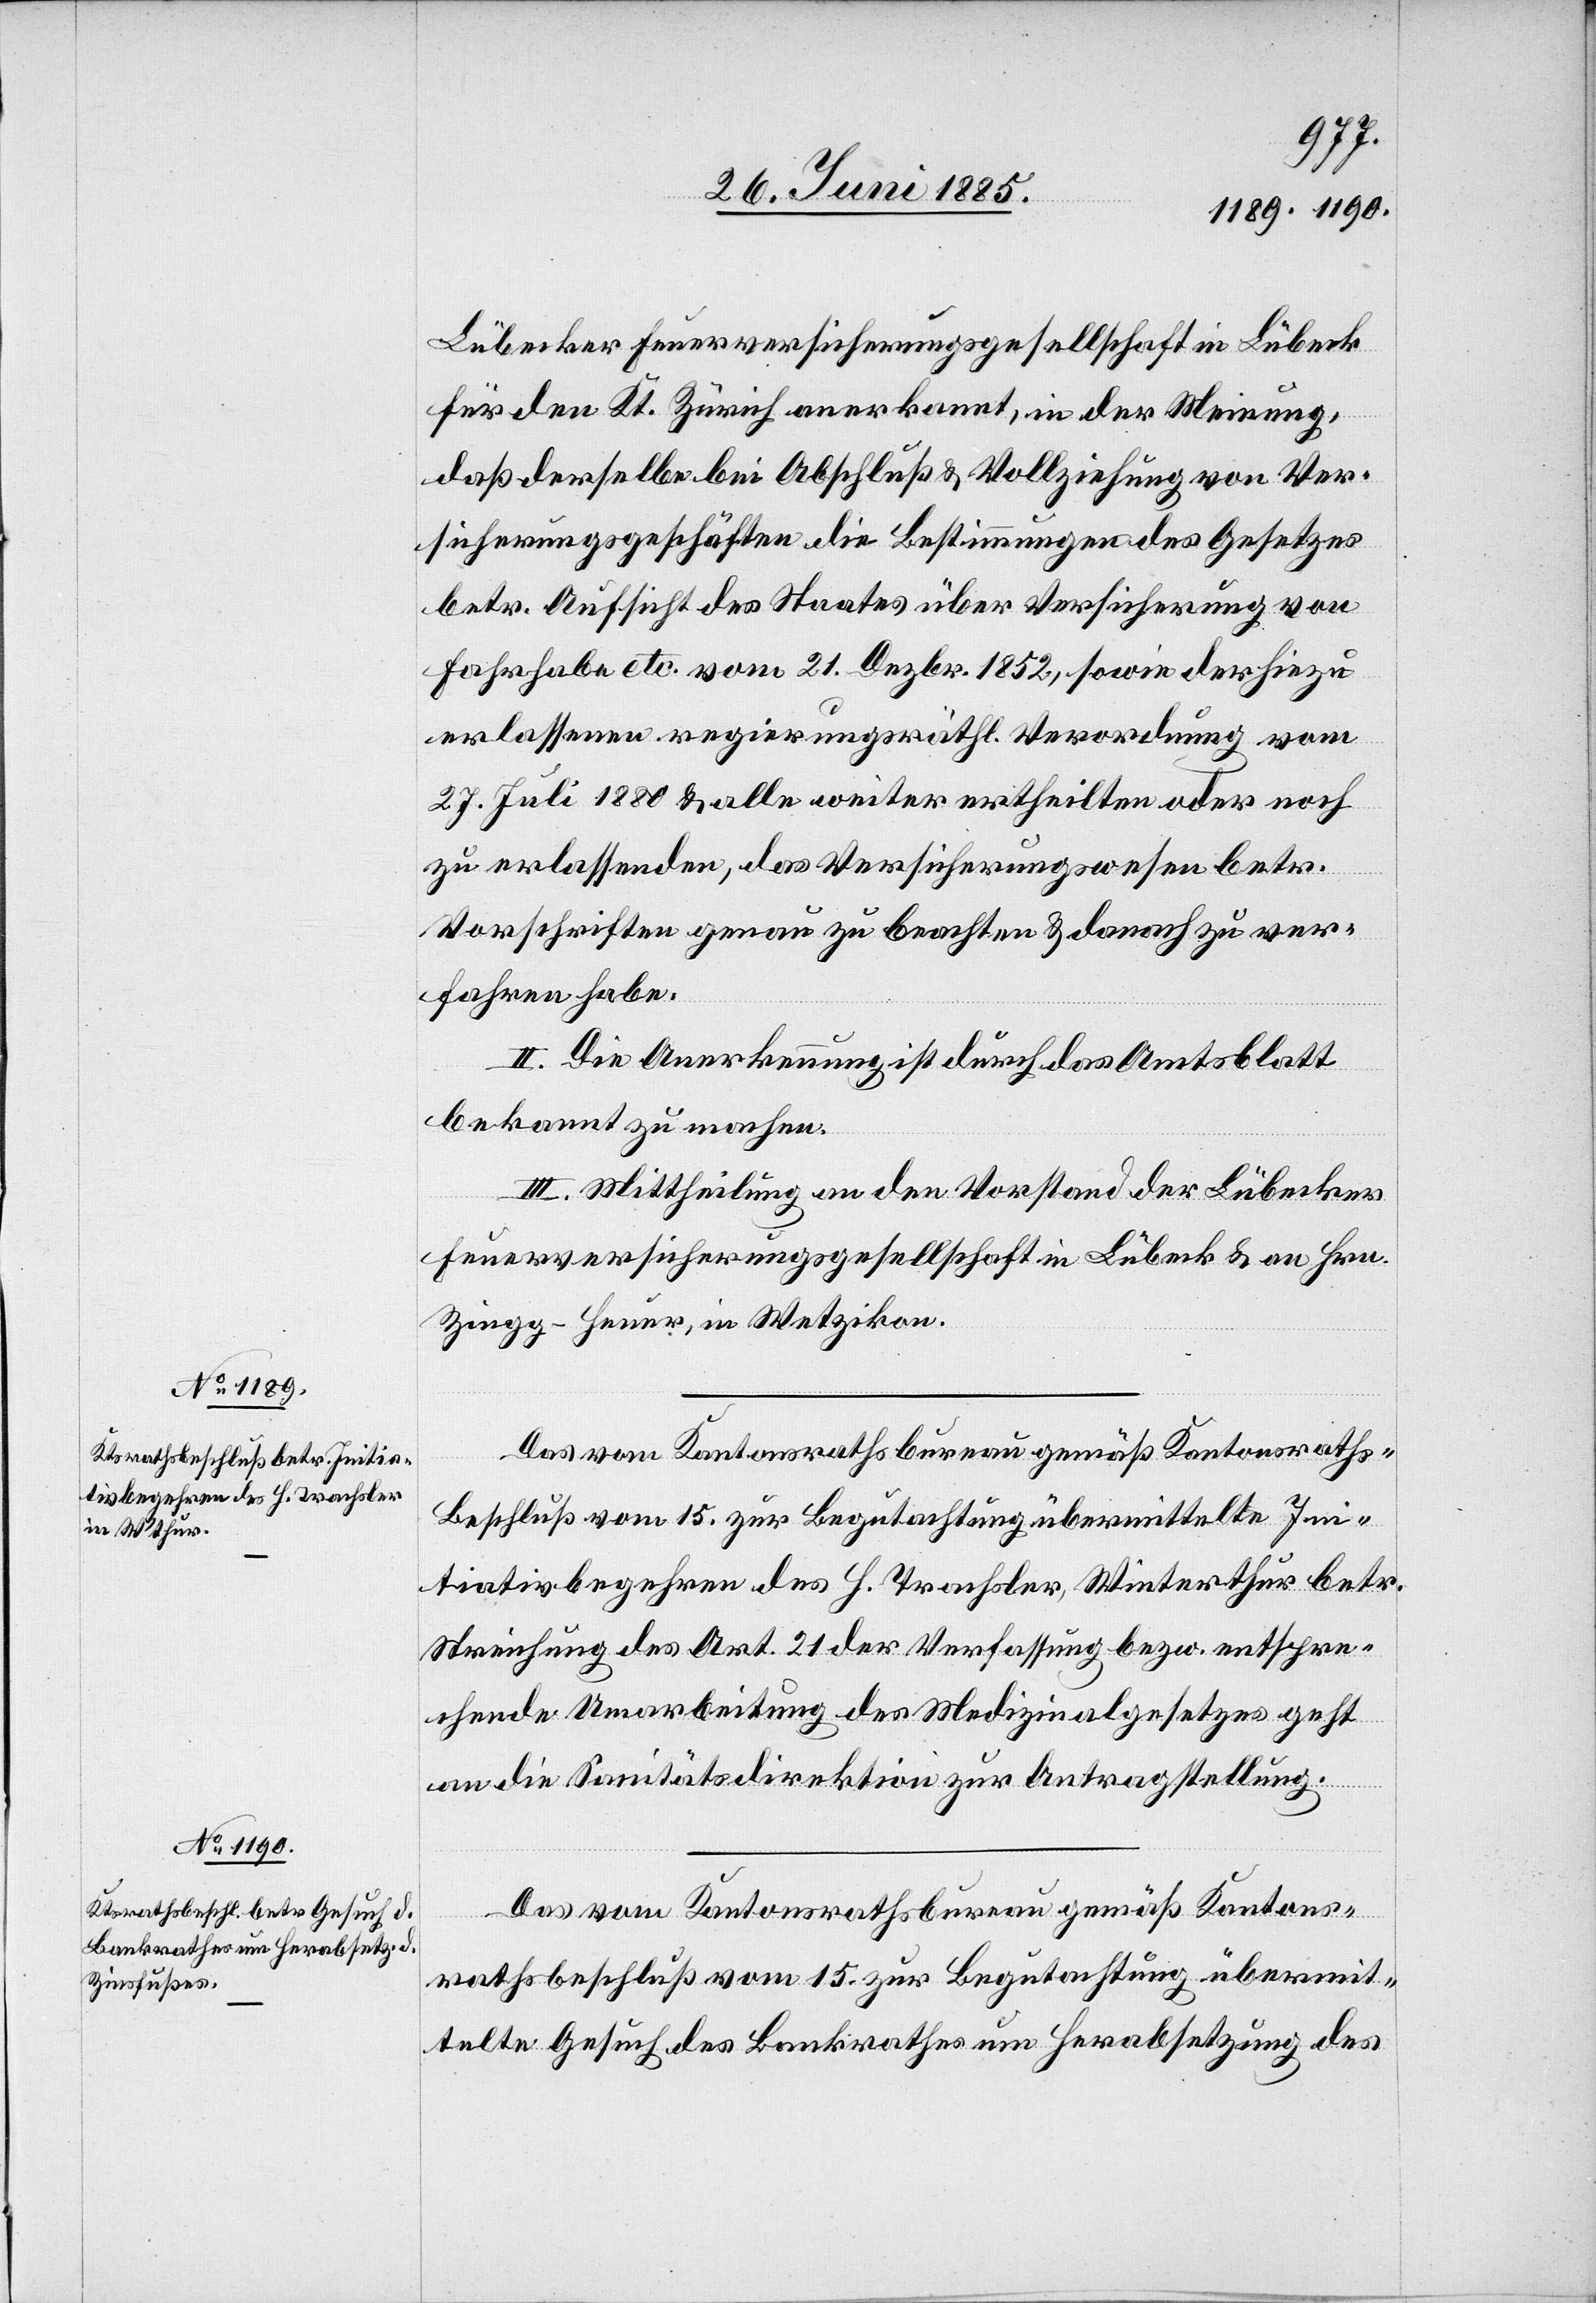
Lübecker Feuerversicherungsgesellschaft in Lübeck
für den Kt. Zürich anerkannt, in der Meinung,
daß derselbe bei Abschluß & Vollziehung von Ver¬
sicherungsgeschäften die Bestimmungen des Gesetzes
betr. Aufsicht des Staates über Versicherung von
Fahrhabe etc. vom 21. Dezbr. 1852, sowie der hiezu
erlassenen regierungsräthl. Verordnung vom
27. Juli 1880 & alle weiter ertheilten oder noch
zu erlassenden, das Versicherungswesen betr.
Vorschriften genau zu beachten & danach zu ver¬
fahren habe.
II. Die Anerkennung ist durch das Amtsblatt
bekannt zu machen.
III. Mittheilung an den Vorstand der Lübecker
Feuerversicherungsgesellschaft in Lübeck & an Hrn.
Zingg-Heuer, in Wetzikon.
Das vom Kantonsrathsbureau gemäß Kantonsrath¬
beschluß vom 15. zur Begutachtung übermittelte Ini¬
tiativbegehren des H. Trachsler, Winterthur betr.
Streichung des Art. 21 der Verfassung bezw. entspre¬
chende Umarbeitung des Medizinalgesetzes geht
an die Sanitätsdirektion zur Antragstellung.
sbeschluß vom 15. zur Begutachtung übermit¬
telte Gesuch des Bankrathes um Herabsetzung des